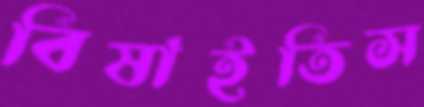
বিষাইতিস